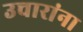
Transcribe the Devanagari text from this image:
उचारांना